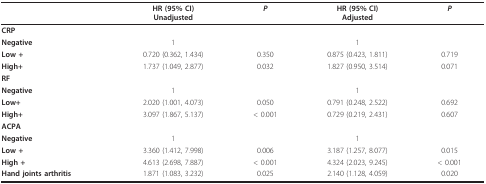
<table><thead><tr><td></td><td><b>HR (95% CI)Unadjusted</b></td><td><b><i>P</i></b></td><td><b>HR (95% CI)Adjusted</b></td><td><b><i>P</i></b></td></tr></thead><tbody><tr><td><b>CRP</b></td><td></td><td></td><td></td><td></td></tr><tr><td><b>Negative</b></td><td>1</td><td></td><td>1</td><td></td></tr><tr><td><b>Low +</b></td><td>0.720 (0.362, 1.434)</td><td>0.350</td><td>0.875 (0.423, 1.811)</td><td>0.719</td></tr><tr><td><b>High+</b></td><td>1.737 (1.049, 2.877)</td><td>0.032</td><td>1.827 (0.950, 3.514)</td><td>0.071</td></tr><tr><td><b>RF</b></td><td></td><td></td><td></td><td></td></tr><tr><td><b>Negative</b></td><td>1</td><td></td><td>1</td><td></td></tr><tr><td><b>Low+</b></td><td>2.020 (1.001, 4.073)</td><td>0.050</td><td>0.791 (0.248, 2.522)</td><td>0.692</td></tr><tr><td><b>High+</b></td><td>3.097 (1.867, 5.137)</td><td>&lt; 0.001</td><td>0.729 (0.219, 2.431)</td><td>0.607</td></tr><tr><td><b>ACPA</b></td><td></td><td></td><td></td><td></td></tr><tr><td><b>Negative</b></td><td>1</td><td></td><td>1</td><td></td></tr><tr><td><b>Low +</b></td><td>3.360 (1.412, 7.998)</td><td>0.006</td><td>3.187 (1.257, 8.077)</td><td>0.015</td></tr><tr><td><b>High +</b></td><td>4.613 (2.698, 7.887)</td><td>&lt; 0.001</td><td>4.324 (2.023, 9.245)</td><td>&lt; 0.001</td></tr><tr><td><b>Hand joints arthritis</b></td><td>1.871 (1.083, 3.232)</td><td>0.025</td><td>2.140 (1.128, 4.059)</td><td>0.020</td></tr></tbody></table>